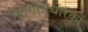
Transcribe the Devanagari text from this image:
विधिविचारकों